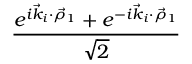
\frac { e ^ { i \vec { k } _ { i } \cdot \vec { \rho } _ { 1 } } + e ^ { - i \vec { k } _ { i } \cdot \vec { \rho } _ { 1 } } } { \sqrt { 2 } }